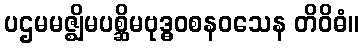
ပဌမမဇ္ဈိမပစ္ဆိမဗုဒ္ဓဝစနဝသေန တိဝိဓံ။